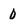
Character: 0